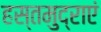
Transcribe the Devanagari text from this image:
हस्तमुद्राएं